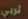
تربي